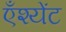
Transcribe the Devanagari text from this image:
एँश्येंट